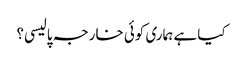
کیا ہے ہماری کوئی خارجہ پالیسی؟